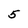
Character: 5